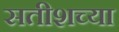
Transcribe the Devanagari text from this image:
सतीशच्या